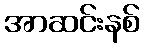
အာဆင်းနစ်